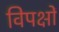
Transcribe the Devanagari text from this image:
विपक्षों